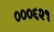
૦૦૦૬૨૧